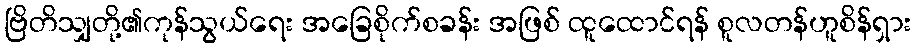
ဗြိတိသျှတို့၏ကုန်သွယ်ရေး အခြေစိုက်စခန်း အဖြစ် ထူထောင်ရန် စူလတန်ဟူစိန်ရှား